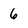
Character: 6